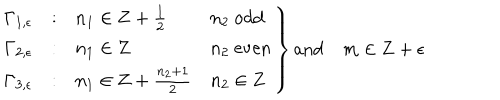
\left. \begin{array} { c c l l } { { \Gamma _ { 1 , \epsilon } } } & { { : } } & { { n _ { 1 } \in { \bf Z } + { \frac { 1 } { 2 } } } } & { { n _ { 2 } \ \mathrm { o d d } } } \\ { { \Gamma _ { 2 , \epsilon } } } & { { : } } & { { n _ { 1 } \in { \bf Z } } } & { { n _ { 2 } \ \mathrm { e v e n } } } \\ { { \Gamma _ { 3 , \epsilon } } } & { { : } } & { { n _ { 1 } \in { \bf Z } + { \frac { n _ { 2 } + 1 } { 2 } } } } & { { n _ { 2 } \in { \bf Z } } } \\ \end{array} \right\} \mathrm { a n d } \quad m \in { \bf Z } + \epsilon